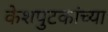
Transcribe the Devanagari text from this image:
केशपुटकांच्या